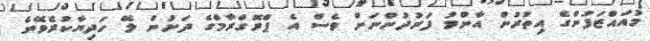
މުއައްޒަފުންގެ އިތުރުން އާންމު ފަރުދުންނަށް ވެސް އެ ޕްރޮގްރާމްގެ ދަށުން ލޭ ހަދިޔާކުރެވޭނެ